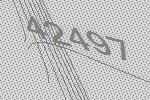
42497